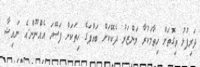
ދަރިފުޅު ތިގޮތަށް ހިތާމަކުރާ މަންޒަރު ދެކޭކަށް ބައްޕަގެ ހިތަަކަށް ފަސޭހަ އެއްނޫން.އެ ނައިޝާ